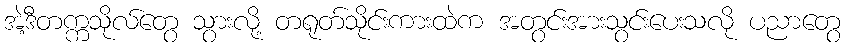
အဲ့ဒီတက္ကသိုလ်တွေ သွားလို့ တရုတ်သိုင်းကားထဲက အတွင်းအားသွင်းပေးသလို ပညာတွေ